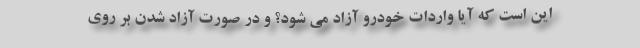
این است که آیا واردات خودرو آزاد می شود؟ و در صورت آزاد شدن بر روی